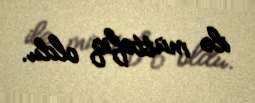
ilə müttəfiq oldu.